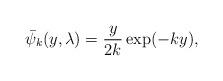
LaTeX: \begin{align*} \bar \psi_k(y, \lambda)=\frac{y}{2k} \exp(- k y) ,\end{align*}